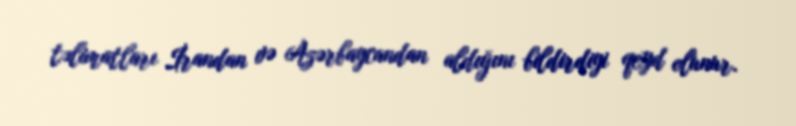
təlimatları İrandan və Azərbaycandan aldığını bildirdiyi qeyd olunur.